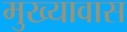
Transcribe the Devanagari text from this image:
मुख्यावास